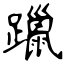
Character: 躐